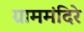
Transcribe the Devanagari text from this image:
ग्राममंदिरे